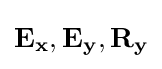
\mathbf {E_{x}} ,\mathbf {E_{y}} ,\mathbf {R_{y}}